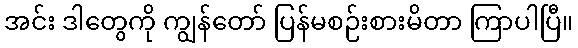
အင်း ဒါတွေကို ကျွန်တော် ပြန်မစဉ်းစားမိတာ ကြာပါပြီ။